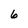
Character: 6